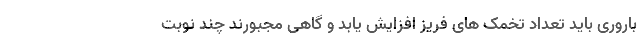
باروری باید تعداد تخمک های فریز افزایش یابد و گاهی مجبورند چند نوبت